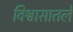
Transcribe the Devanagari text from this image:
विश्वासातले